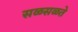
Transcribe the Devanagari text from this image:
सळसळते